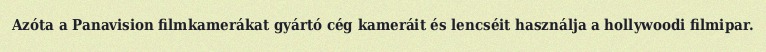
Azóta a Panavision filmkamerákat gyártó cég kameráit és lencséit használja a hollywoodi filmipar.